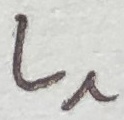
Text: L1